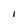
Character: I